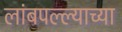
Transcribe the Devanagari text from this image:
लांबपल्ल्याच्या